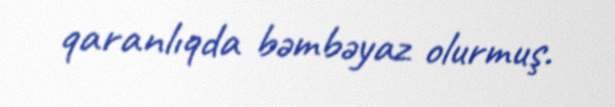
qaranlıqda bəmbəyaz olurmuş.